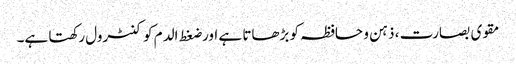
مقوی بصارت ، ذہن و حافظہ کو بڑھاتا ہے اور ضغط الدم کو کنٹرول رکھتا ہے۔